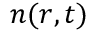
n ( \boldsymbol { r } , t )